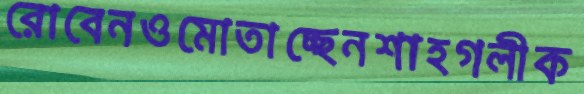
রোবেনওমোতাচ্ছেনশাহগলীক